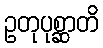
ဥတုပုစ္ဆာတိ